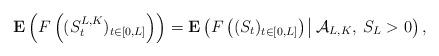
LaTeX: \begin{align*}\mathbf{E}\left(F\left((S^{L,K}_t)_{t\in[0,L]}\right)\right)=\mathbf{E}\left(F\left((S_t)_{t\in[0,L]}\right)\:\vline\:\mathcal{A}_{L,K},\:S_L>0\right),\end{align*}